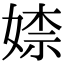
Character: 𡞫